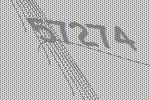
57274